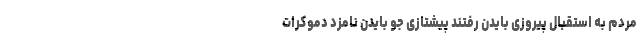
مردم به استقبال پیروزی بایدن رفتند پیشتازی جو بایدن نامزد دموکرات